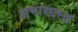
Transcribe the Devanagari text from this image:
अभारग्रस्त